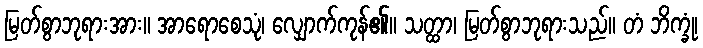
မြတ်စွာဘုရားအား။ အာရောစေသုံ၊ လျှောက်ကုန်၏။ သတ္ထာ၊ မြတ်စွာဘုရားသည်။ တံ ဘိက္ခုံ၊